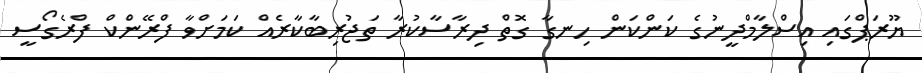
ޔޫރަޕްގައި އިސްލާމްދީނުގެ ކަންކަން ހިނގާ ގޮތް ދިރާސާކުރާ ތަޖުރިބާކާރެއް ކަމަށްވާ ފްރޭންކް ފްރެގޯސީ